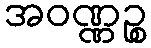
အဝဏ္ဏဉ္စ